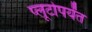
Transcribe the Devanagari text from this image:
प्लूटोपर्यंत